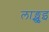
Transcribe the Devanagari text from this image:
लाङ्खुइ